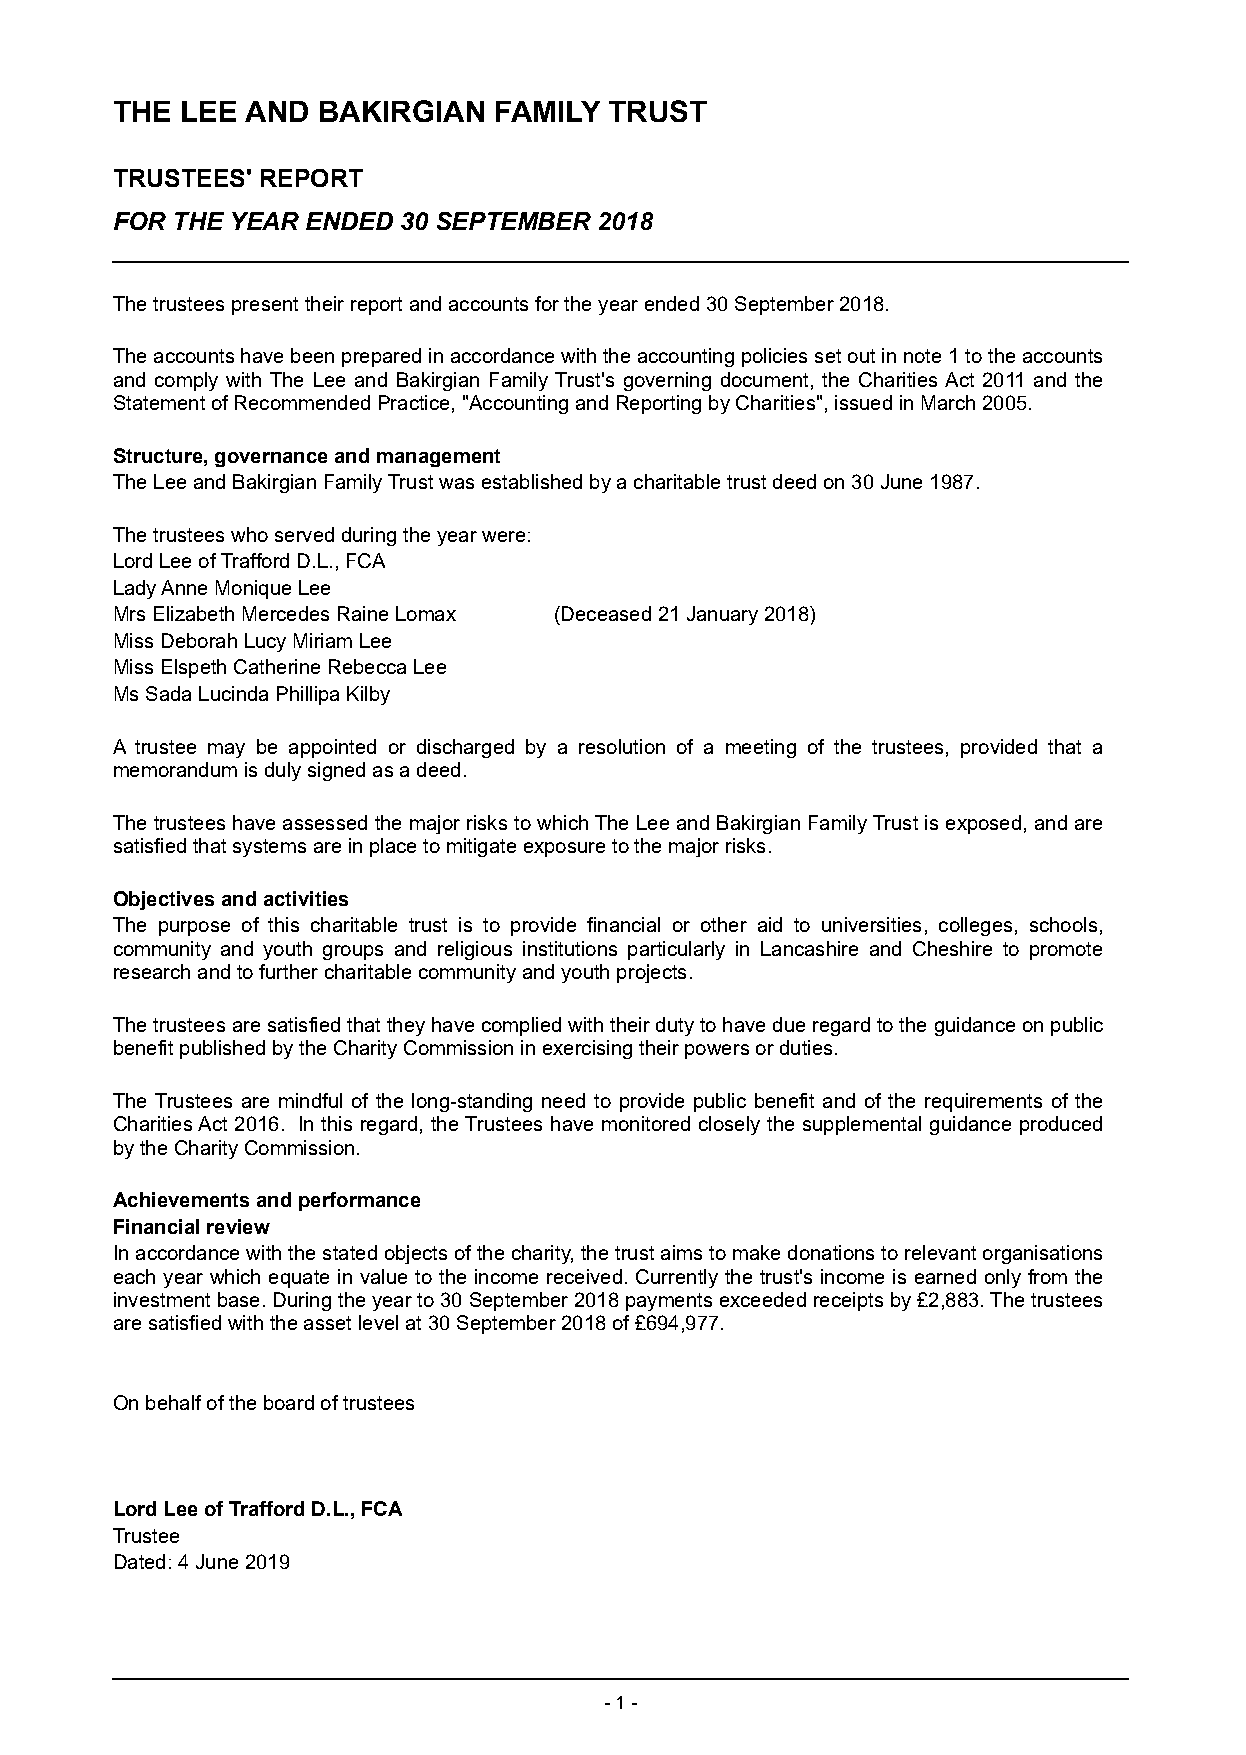
THE  LEE AND  BAKIRGIAN   FAMILY TRUST
 TRUSTEES' REPORT
 FOR THE YEAR ENDED 30 SEPTEMBER  2018
 The trustees present their report and accounts for the year ended 30 September 2018.
 The accounts have been prepared in accordance with the accounting policies set out in note 1 to the accounts
 and comply with The Lee and Bakirgian Family Trust's governing document, the Charities Act 2011 and the
 Statement of Recommended Practice, "Accounting and Reporting by Charities", issued in March 2005.
 Structure, governance and management
 The Lee and Bakirgian Family Trust was established by a charitable trust deed on 3 0 June 1987.
 The trustees who served during the year were:
 Lord Lee of Trafford D.L., FCA
 Lady Anne Monique Lee
 Mrs Elizabeth Mercedes Raine Lomax (Deceased 21 January 2018)
 Miss Deborah Lucy Miriam Lee
 Miss Elspeth Catherine Rebecca Lee
 Ms Sada Lucinda Phillipa Kilby
 A trustee may be appointed or discharged by a resolution of a meeting of the trustees, provided that a
 memorandum is duly signed as a deed.
 The trustees h ave a ssessed the major risks to which The Lee and Bakirgian Family Trust is exposed, and are
 satisfied that systems are in place to mitigate exposure to the major risks.
 Objectives and activities
 The purpose of this charitable trust is to provide financial or other aid to universities, colleges, schools,
 community and youth groups and religious institutions particularly in Lancashire and Cheshire to promote
 research and to further charitable community and youth projects.
 The trustees are satisfied that they have complied with their duty to have due regard to the guidance on public
 benefit published by the Charity Commission in exercising their powers or duties.
 The Trustees are mindful of the long-standing need to provide public benefit and of the requirements of the
 Charities Act 2016. In this regard, the Trustees have monitored closely the supplemental guidance produced
 by the Charity Commission.
 Achievements and performance
 Financial review
 In accordance with the stated objects of the charity, the trust aims to make donations to relevant organisations
 each year which equate in value to the income received. Currently the trust's income is earned only from the
 investment base. During the year to 30 September 2018 payments exceeded receipts by £2,883. The trustees
 are satisfied with the asset level at 30 September 2018 of £694,977.
 On behalf of the board of trustees
 Lord Lee of Trafford D.L., FCA
 Trustee
 Dated: 4 June 2019
 - 1 -